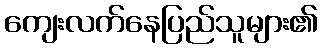
ကျေးလက်နေပြည်သူများ၏